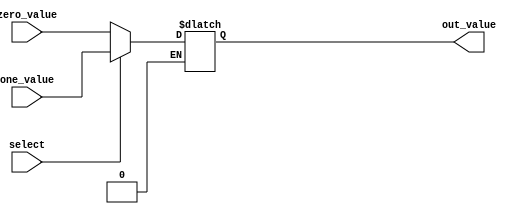
module thirtytwo_bit_mux(input select,
input[31:0] zero_value, one_value,
output reg [31:0] out_value);

always @ (select, zero_value, one_value)
begin
if (select ==0) out_value = zero_value;
if (select ==1) out_value = one_value;
end
endmodule